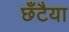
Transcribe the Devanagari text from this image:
छँटैया